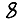
Digit: 8